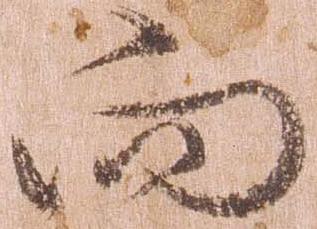
向